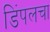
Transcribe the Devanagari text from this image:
डिंपलचा